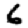
Digit: 6